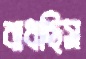
বাধছিস